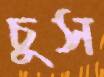
চুস